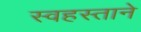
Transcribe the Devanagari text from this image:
स्वहस्ताने